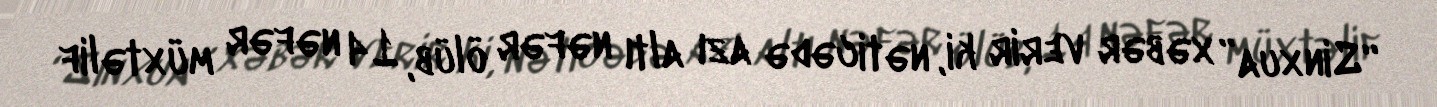
“Sinxua” xəbər verir ki, nəticədə azı altı nəfər ölüb, 14 nəfər müxtəlif